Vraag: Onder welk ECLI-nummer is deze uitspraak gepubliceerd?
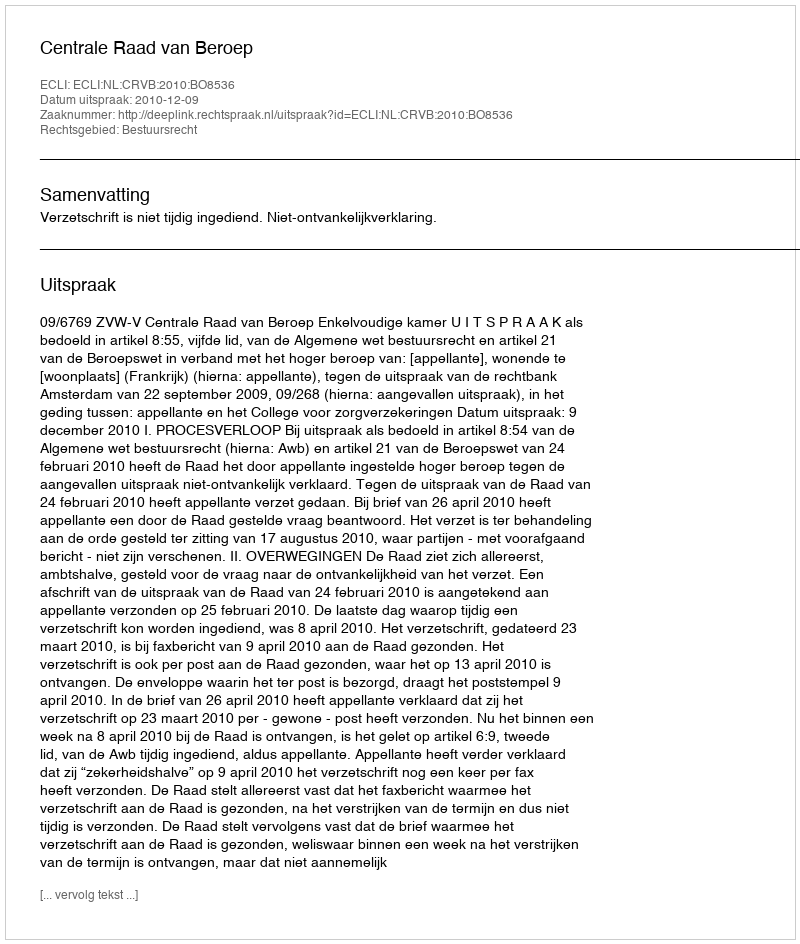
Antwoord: ECLI:NL:CRVB:2010:BO8536